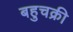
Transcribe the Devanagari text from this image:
बहुचक्री